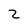
Character: 2